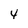
Character: 4